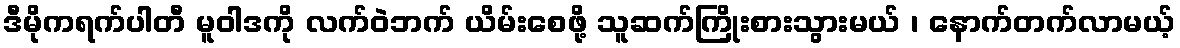
ဒီမိုကရက်ပါတီ မူဝါဒကို လက်ဝဲဘက် ယိမ်းစေဖို့ သူဆက်ကြိုးစားသွားမယ် ၊ နောက်တက်လာမယ့်